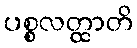
ပစ္စလတ္ထာတိ